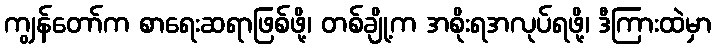
ကျွန်တော်က စာရေးဆရာဖြစ်ဖို့၊ တစ်ချို့က အစိုးရအလုပ်ရဖို့၊ ဒီကြားထဲမှာ